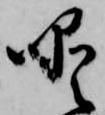
噯